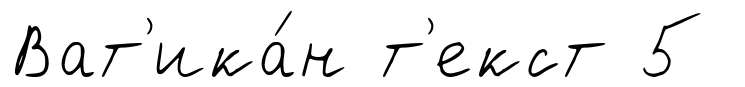
Ват'ика́н т'екст 5